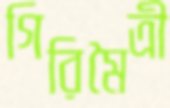
গিরিমৈত্রী